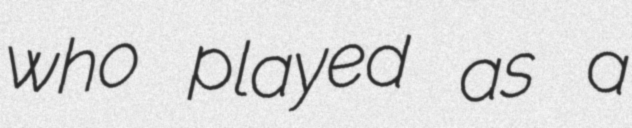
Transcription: who played as a